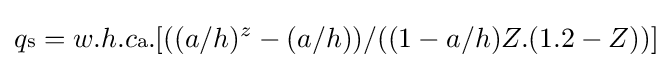
q{\scriptstyle {\text{s}}}=w.h.c{\scriptstyle {\text{a}}}.[((a/h)^{z}-(a/h))/((1-a/h)Z.(1.2-Z))]